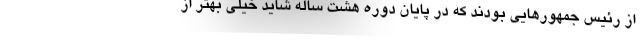
از رئیس جمهورهایی بودند که در پایان دوره هشت ساله شاید خیلی بهتر از